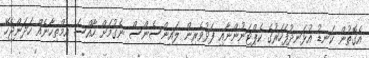
އެގޮތުން ކަނޑު އުޅަނދުފަހަރުގެ ކެޕްޓަނުންނާއި ފަޅުވެރިން ލައިންސެންސް ނެގުމަށް ހާއްސަ އިމްތިހާނެއް ހަދަންޖެހޭ